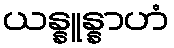
ယန္နူန္နာဟံ